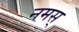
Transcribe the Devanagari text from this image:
नमस्